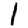
Digit: 1